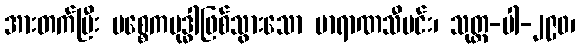
အားတက်ပြီး ပစ္စေကဗုဒ္ဓါဖြစ်သွားသော ဗာရာဏသီမင်း၊ သုတ္တ-ပါ-၂၉၀၊